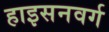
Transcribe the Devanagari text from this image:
हाइसनवर्ग